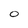
Character: 0